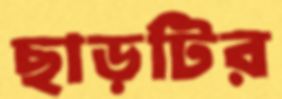
ছাড়টির